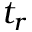
t _ { r }